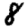
Digit: 8